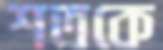
শতকে